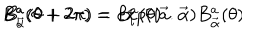
B _ { \vec { \alpha } } ^ { a } ( \theta + 2 \pi ) = e x p ( i \vec { a } . \vec { \alpha } ) B _ { \vec { \alpha } } ^ { a } ( \theta ) \hspace { . 6 i n } B _ { i } ^ { a } ( \theta + 2 \pi ) = B _ { i } ^ { a } ( \theta )